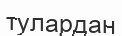
тулардан